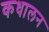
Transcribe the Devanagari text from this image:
कधालन